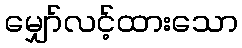
မျှော်လင့်ထားသော